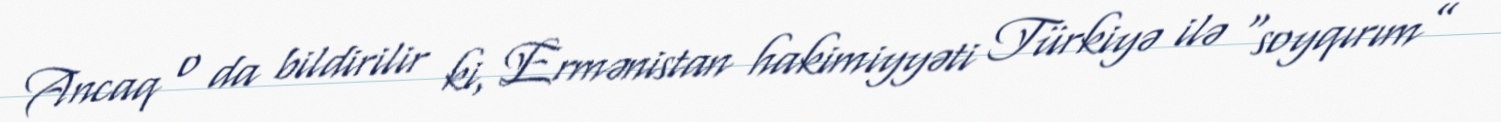
Ancaq o da bildirilir ki, Ermənistan hakimiyyəti Türkiyə ilə “soyqırım”